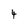
Character: 4